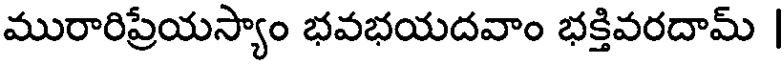
మురారిప్రేయస్యాం భవభయదవాం భక్తివరదామ్ |